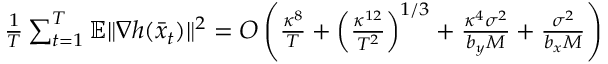
\begin{array} { r } { \frac { 1 } { T } \sum _ { t = 1 } ^ { T } \mathbb { E } \| \nabla h ( \bar { x } _ { t } ) \| ^ { 2 } = O \left( \frac { \kappa ^ { 8 } } { T } + \left( \frac { \kappa ^ { 1 2 } } { T ^ { 2 } } \right) ^ { 1 / 3 } + \frac { \kappa ^ { 4 } \sigma ^ { 2 } } { b _ { y } M } + \frac { \sigma ^ { 2 } } { b _ { x } M } \right) } \end{array}